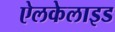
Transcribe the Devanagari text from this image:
ऐलकेलाइड